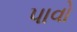
પાવો